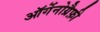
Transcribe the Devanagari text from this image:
ऑर्गेनोग्रैफ़ी